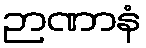
ဉာဏာနံ